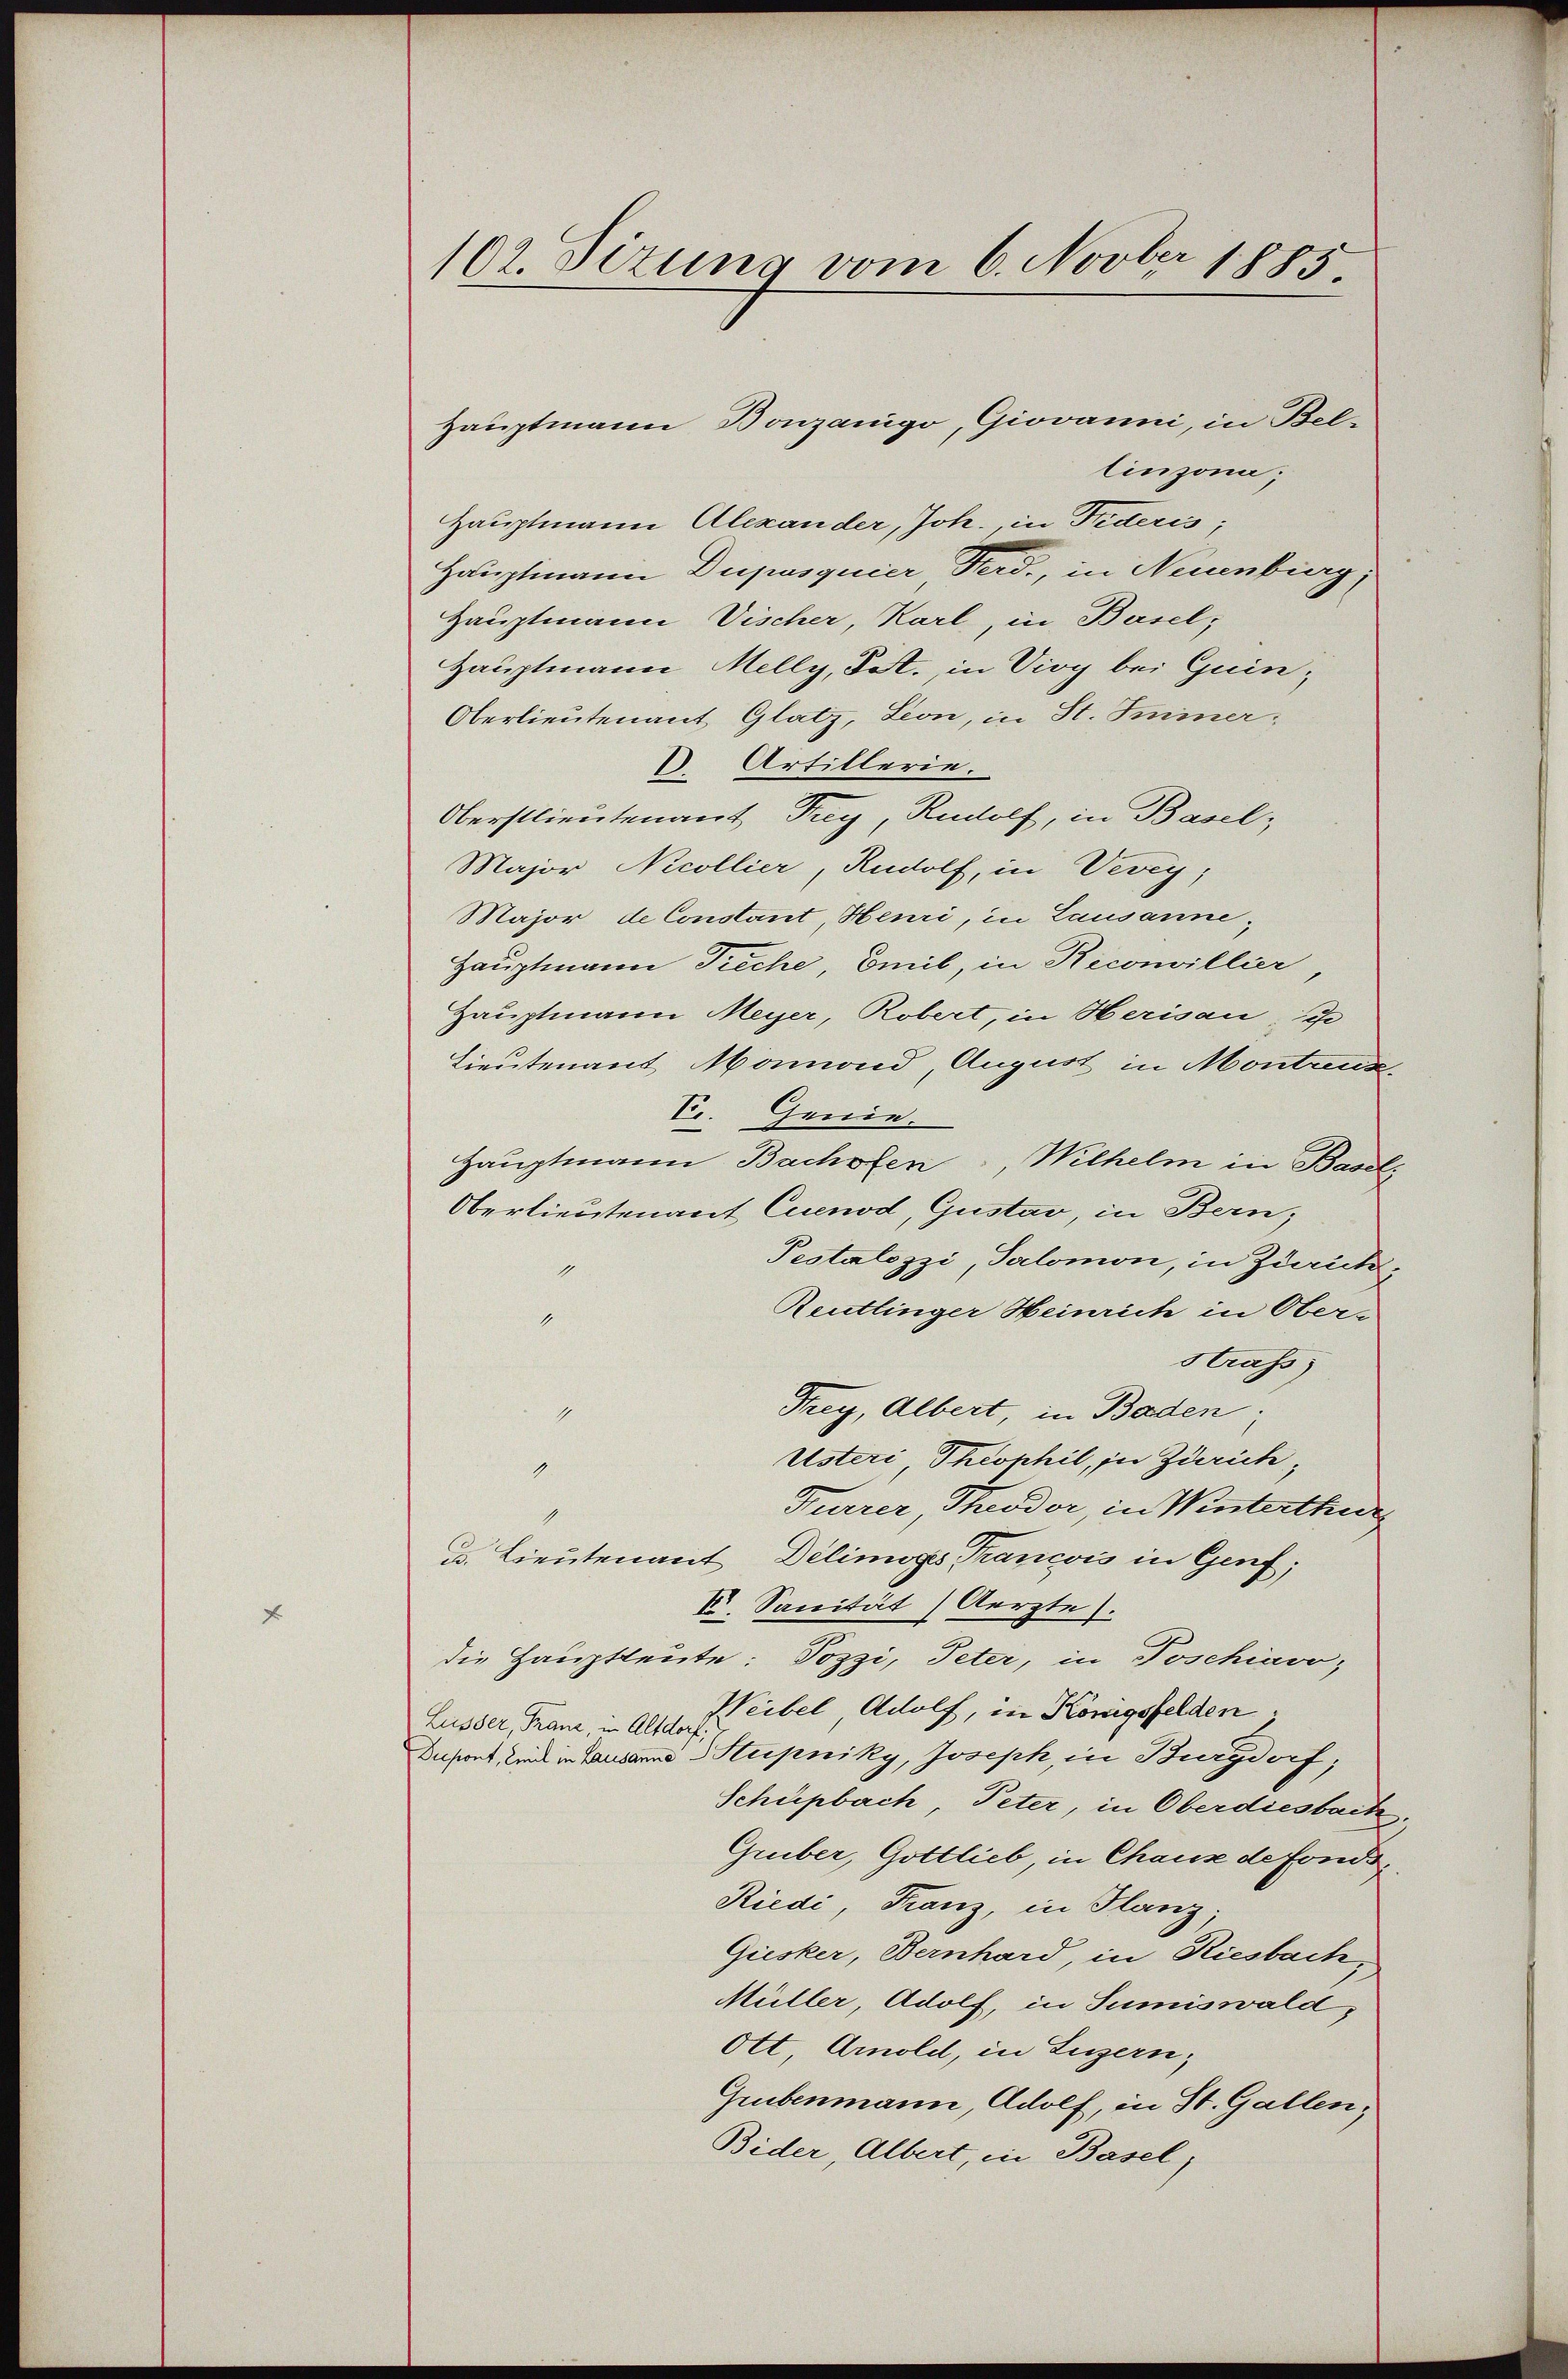
102. Sizung vom 6. Novber 1883

Hauptmann Bonzanigo, Giovanni, in Bellinzona.
Hauptmann Alexander, Joh., in Trideris;
Hauptmann Dupusquier Ferd., in Neuenburg,
Hauptmann Vischer, Karl, in Basel,
Hauptmann Melly, Sat., in Virg bei Guin¬
Oberlieutenant Glatz, Leon, in St. Iminer¬
D. Artillerie.
Oberstlieutenant Frey, Rudolf, in Basel¬
Major Nicollier, Rudolf, in Vevey,
Major de Constant, Heuri, in Lausanne,
Hauptmann Preche, Emil, in Reconvillier,
Hauptmann Meyer, Robert, in Herisau u
Lieutenant Marmond, August in Montreus
E. Genie.
Hauptmann Bachofen, Wilhelm in Basel¬
Oberlieutenant Cuenod, Gustav, in Bern,
Pestalozzi, Salomon, in Zürich,
1
Reutlinger Heinrich in Ober-
1
strafs
Frey, Albert, in Baden.
4
Usteri Theophil, in Zürich,
1
Furrer Theodor, in Winterthur
1
u. Lieutenant, Delinges Trancois in Genf,
X. Sanität Aerzte).
die Hauptleute: Pozzi, Peter, in Poschiavo,
Weibel Adolf, in Königsfelden.
Lusser, Franz, in Altdorf,
Dapont, inde in Lausanne Steipniky, Joseph, in Burgdorf;
Schüpbach, Peter, in Oberdiesbach,
Gruber, Gottlieb, in Chause de fonds¬
Riedi, Franz, in Flanz;
Giesker, Bernhard, in Riesbach,
Müller, Adolf, in Sumiswald,
Ott, Arnold, in Luzern,
Grubenmann, Adolf, in St. Gallen,
Bider, Albert, in Basel,